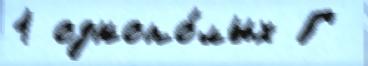
1 однопо́лых Г